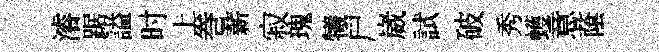
濬踞謚时上巻薪寂瑰犧尸崴試破秀蠖意䕃